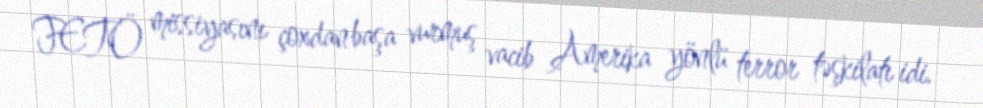
FETÖ missiyasını çoxdan başa vurmuş vacib Amerika yönlü terror təşkilatı idi.